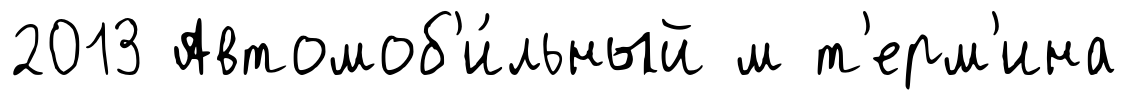
2013 Автомоб'и́льный м т'ерм'ина